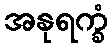
အနုရက္ခံ